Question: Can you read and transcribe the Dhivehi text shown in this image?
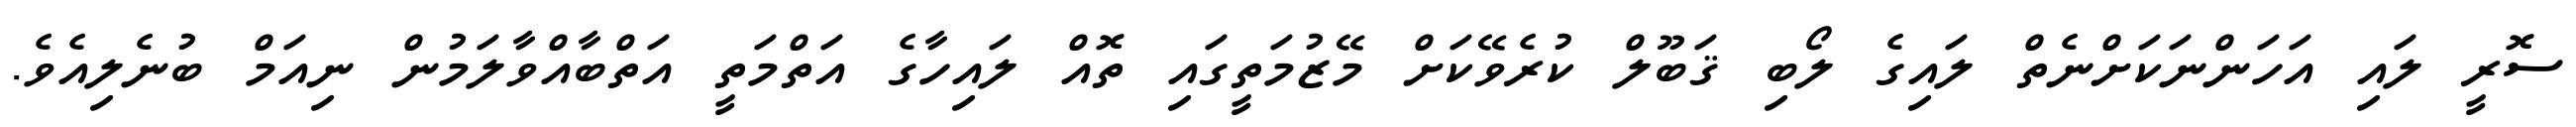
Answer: ސޮރީ ލައި އަހަންނަކަށްނެތް ލައިގެ ލޯބި ޤަބޫލް ކުރެވޭކަށް މޭޒުމަތީގައި ތޮއް ލައިހާގެ އަތްމަތީ އަތްބާއްވާލަމުން ނިއަމް ބުނެލިއެވެ.